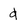
Character: d